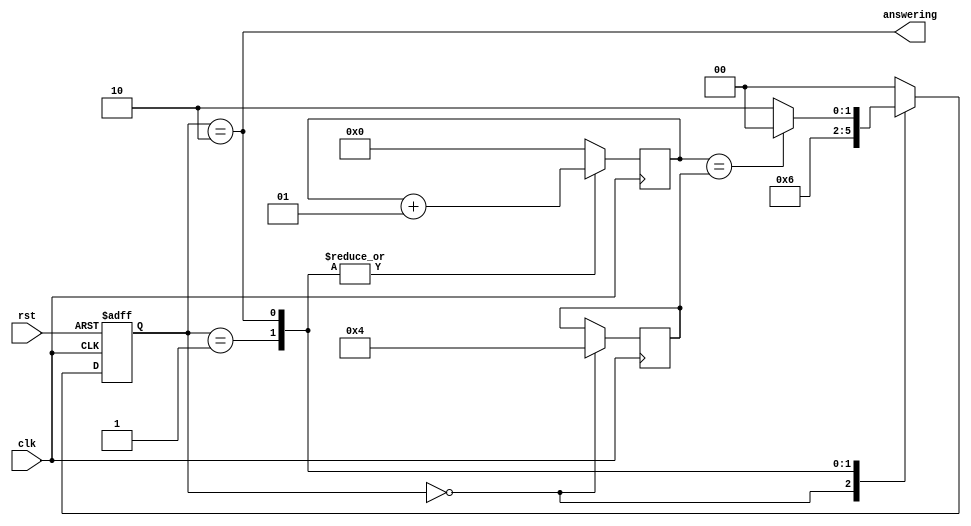
module controller # (
    parameter Y_WIDTH = 8
)(
    input clk, rst,
    output answering
);

    integer finish_num;
    
    integer counter;
    localparam [1:0] IDLE = 2'd0, WORKING=2'd1, ANSWERING=2'd2;
    reg [1:0] state, next_state;
    
    assign answering = state == ANSWERING;
    
    always @(posedge clk, posedge rst) begin
        if (rst)        state <= IDLE;
        else            state <= next_state;
    end
    
    always @(state, counter) begin
        case (state)
            IDLE:       next_state = WORKING;
            WORKING:    next_state = ANSWERING;
            ANSWERING:  next_state = (counter==finish_num) ? IDLE : ANSWERING;
            default:    next_state = IDLE;
        endcase
    end
    
    always @(posedge clk) begin
        case (state)
            IDLE: begin
                counter <= 0;
                finish_num <= $ceil((Y_WIDTH+1) / 2);
            end
            WORKING:    counter <= counter + 1;
            ANSWERING:  counter <= counter + 1;
            default:    counter <= 0;
        endcase
    end
endmodule